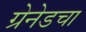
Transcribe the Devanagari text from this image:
ग्रेनेडचा